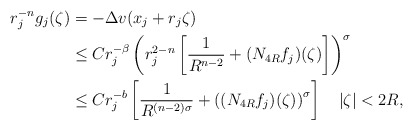
\begin{align*} r^{-n}_{j} g_j (\zeta)&=-\Delta v(x_j +r_j \zeta)\\ &\leq Cr^{-\beta}_{j} \left( r^{2-n}_{j} \left[ \frac{1}{R^{n-2}} +(N_{4R} f_j )(\zeta)\right] \right)^\sigma \\ &\leq Cr^{-b}_{j} \left[ \frac{1}{R^{(n-2)\sigma}} +\left( (N_{4R} f_j)(\zeta) \right)^\sigma \right] \quad|\zeta|<2R, \end{align*}